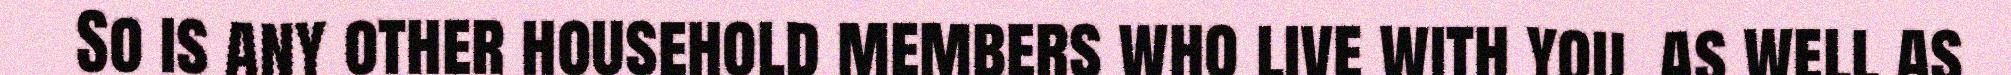
So is any other household members who live with you, as well as